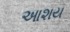
આશય